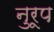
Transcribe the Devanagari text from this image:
नुरूप